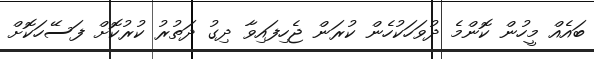
ބައެއް މީހުން ކޮންމެ ދުވަހަކުހެން ކުރަން ޖެހިފައިވާ ދިގު ދަތުރު ކުރުކޮށް ފަސޭހަކޮށް